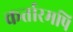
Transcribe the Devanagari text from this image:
कर्तारमपि